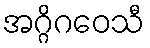
အဂ္ဂိဂဝေသီ